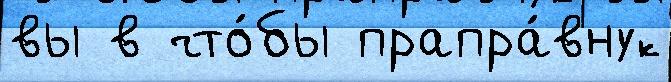
вы в что́бы прапра́внук